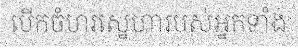
បើកចំហរស្នេហារបស់អ្នកទាំង